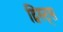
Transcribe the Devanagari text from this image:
ट्विस्ट्स